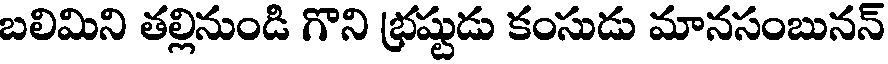
బలిమిని తల్లినుండి గొని భ్రష్టుడు కంసుడు మానసంబునన్